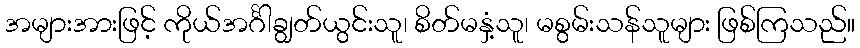
အများအားဖြင့် ကိုယ်အင်္ဂါချွတ်ယွင်းသူ၊ စိတ်မနှံ့သူ၊ မစွမ်းသန်သူများ ဖြစ်ကြသည်။